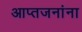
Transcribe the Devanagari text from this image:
आप्तजनांना